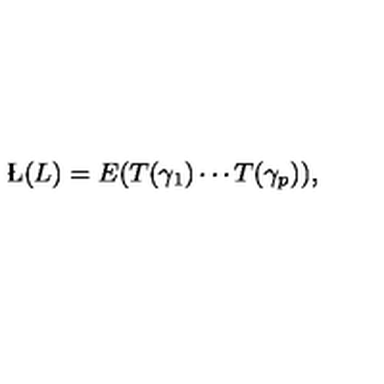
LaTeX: \L ( L ) = E ( T ( \gamma _ { 1 } ) \cdots T ( \gamma _ { p } ) ) ,